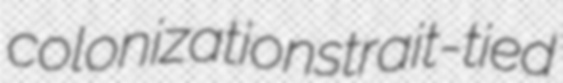
colonization strait-tied